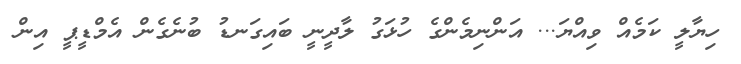
ހިޔާލީ ކަމެއް ވިއްޔަ... އަންނިމެންގެ ހުޅަގު ލާދީނީ ބައިގަނޑު ބުނެގެން އެމްޑީޕީ އިން